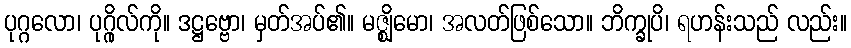
ပုဂ္ဂလော၊ ပုဂ္ဂိုလ်ကို။ ဒဋ္ဌဗ္ဗော၊ မှတ်အပ်၏။ မဇ္ဈိမော၊ အလတ်ဖြစ်သော။ ဘိက္ခုပိ၊ ရဟန်းသည် လည်း။